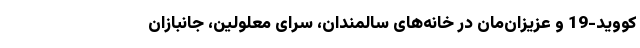
کووید-19 و عزیزان‌مان در خانه‌های سالمندان، سرای معلولین، جانبازان